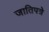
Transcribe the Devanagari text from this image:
जातिपत्रे